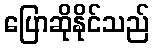
ပြောဆိုနိုင်သည်